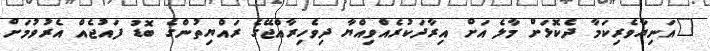
"އަނިޔާވެރިކަމާ ދެކޮޅަށް މާލެ އަށް އިރާދަކުރެއްވިއްޔާ ދިވެހިރާއްޖޭގެ ރައްޔިތުންގެ ބޮޑު ފައުޖެއް އެރުވުމަށް